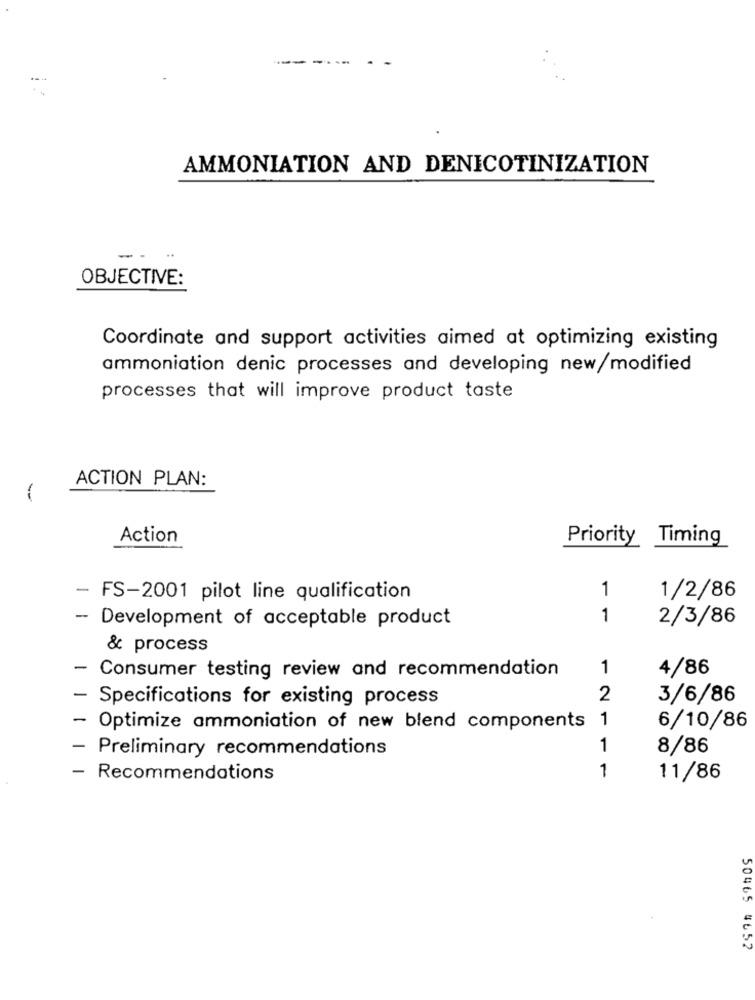
---
AMMONIATION AND DENICOTINIZATION
--
OBJECTIVE:
Coordinate and support activities aimed at optimizing existing
ammoniation denic processes and developing new/modified
processes that will improve product taste
ACTION PLAN:
Action
Priority Timing
1
- FS-2001 pilot line qualification
1/2/86
1
2/3/86
- Development of acceptable product
& process
1
4/86
- Consumer testing review and recommendation
Specifications for existing process
2
3/6/86
1
- Optimize ammoniation of new blend components
6/10/86
-
Preliminary recommendations
1
8/86
1
Recommendations
11/86
50465 4652